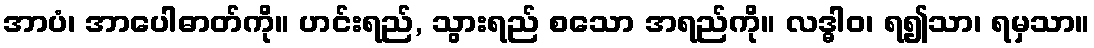
အာပံ၊ အာပေါဓာတ်ကို။ ဟင်းရည်, သွားရည် စသော အရည်ကို။ လဒ္ဓါဝ၊ ရ၍သာ၊ ရမှသာ။